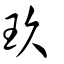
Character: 玖